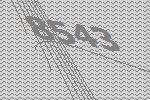
8543